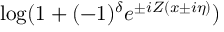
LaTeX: \log ( 1 + ( - 1 ) ^ { \delta } e ^ { \pm i Z ( x \pm i \eta ) } )